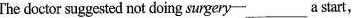
The doctor suggested not doing surgery ___ a start,